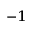
^ { - 1 }